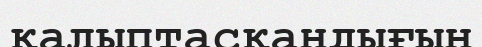
қалыптасқандығын